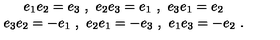
\begin{array} { c } { e _ { 1 } e _ { 2 } = e _ { 3 } \ , \ e _ { 2 } e _ { 3 } = e _ { 1 } \ , \ e _ { 3 } e _ { 1 } = e _ { 2 } } \\ { e _ { 3 } e _ { 2 } = - e _ { 1 } \ , \ e _ { 2 } e _ { 1 } = - e _ { 3 } \ , \ e _ { 1 } e _ { 3 } = - e _ { 2 } \ . } \\ \end{array}